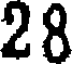
28